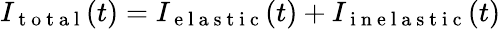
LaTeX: I_{\mathrm{~t~o~t~a~l~}}(t)=I_{\mathrm{~e~l~a~s~t~i~c~}}(t)+I_{\mathrm{~i~n~e~l~a~s~t~i~c~}}(t)